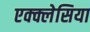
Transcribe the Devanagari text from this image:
एक्क्लेसिया